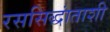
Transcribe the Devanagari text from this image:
रससिद्धांताशी